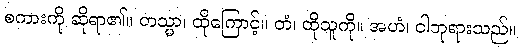
စကားကို ဆိုရာ၏။ တသ္မာ၊ ထိုကြောင့်။ တံ၊ ထိုသူကို။ အဟံ၊ ငါဘုရားသည်။